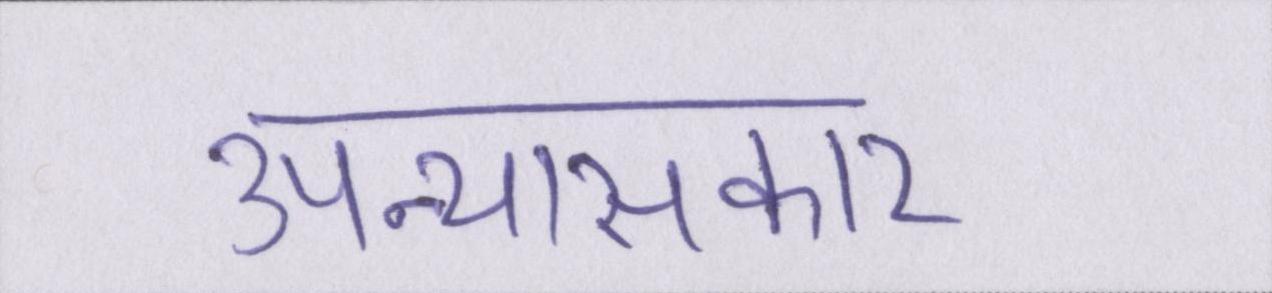
उपन्यासकार